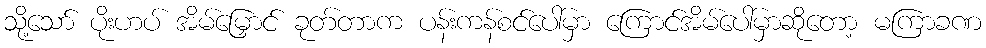
သို့သော် ပိုးဟပ် အိမ်မြှောင် ခုတ်တာက ပန်းကန်စင်ပေါ်မှာ ကြောင်အိမ်ပေါ်မှာဆိုတော့ မကြာခဏ